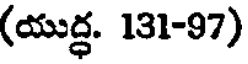
(యుద్ధ. 131-97)